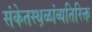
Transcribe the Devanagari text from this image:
संकेतस्थ़ळांव्यतिरिक्त